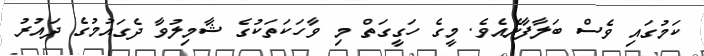
ކަމުގައި ވެސް ބަލާފާނެއެވެ. މީގެ ހަގީގަތް މި ވާހަކަތަކުގެ ޝާމިލުވާ ދެގައުމުގެ ދައުރު